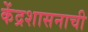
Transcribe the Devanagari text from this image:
केंद्रशासनाची